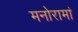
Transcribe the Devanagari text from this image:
मनोरामां